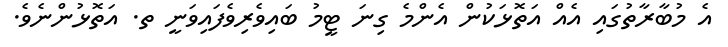
އެ މުބާރާތުގައި އެއް އަތޮޅަކުން އެންމެ ގިނަ ޓީމު ބައިވެރިވެފައިވަނީ ތ. އަތޮޅުންނެވެ.